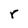
Character: r